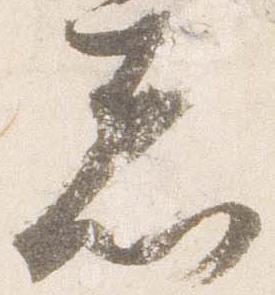
志